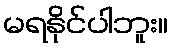
မရနိုင်ပါဘူး။